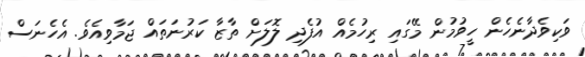
ވަކިވެދާނެހެން ހީވުމުން މޭގައި ރިހުމެއް އުފެދި ލޮލަށް ތާޒާ ކަރުނަތައް ޖަމާވިއެވެ. އެހެނަސް